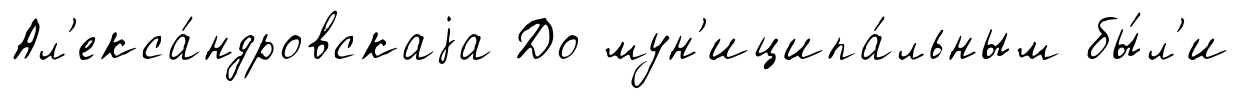
Ал'екса́ндровскаjа До мун'иципа́льным бы́л'и